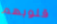
قلوبهم